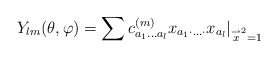
\begin{align*}Y_{lm} {(\theta,\varphi)}=\sum c^{(m)}_{a_{1}\ldots a_{l}} x_{a_{1} \cdot \ldots \cdot} x_{a_{l}}|_{\stackrel {\rightharpoonup}{x}^{2}=1}\end{align*}